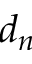
d _ { n }